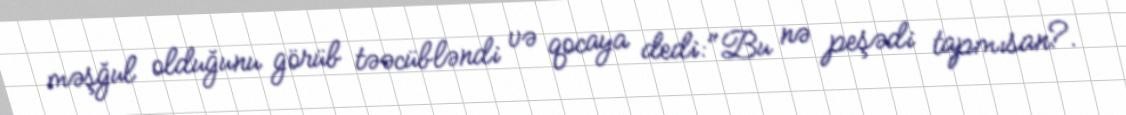
məşğul olduğunu görüb təəcübləndi və qocaya dedi:"Bu nə peşədi tapmısan?.